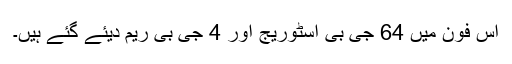
اس فون میں 64 جی بی اسٹوریج اور 4 جی بی ریم دیئے گئے ہیں۔